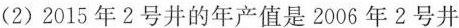
(2)2015年2号井的年产值是2006年2号井